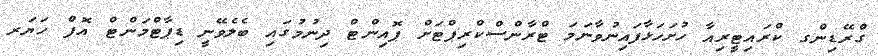
ގްރޭޑިންގ ކްރައިޓީރިއާ ހުށަހަޅާފައިނުވާނަމަ ޓްރާންސްކްރިޕްޓަށް ޕޮއިންޓް ދިނުމުގައި ބެލެވޭނީ ޑިޕާޓްމަންޓް އޮފް ހަޔަރ